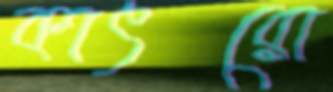
কাৎরো